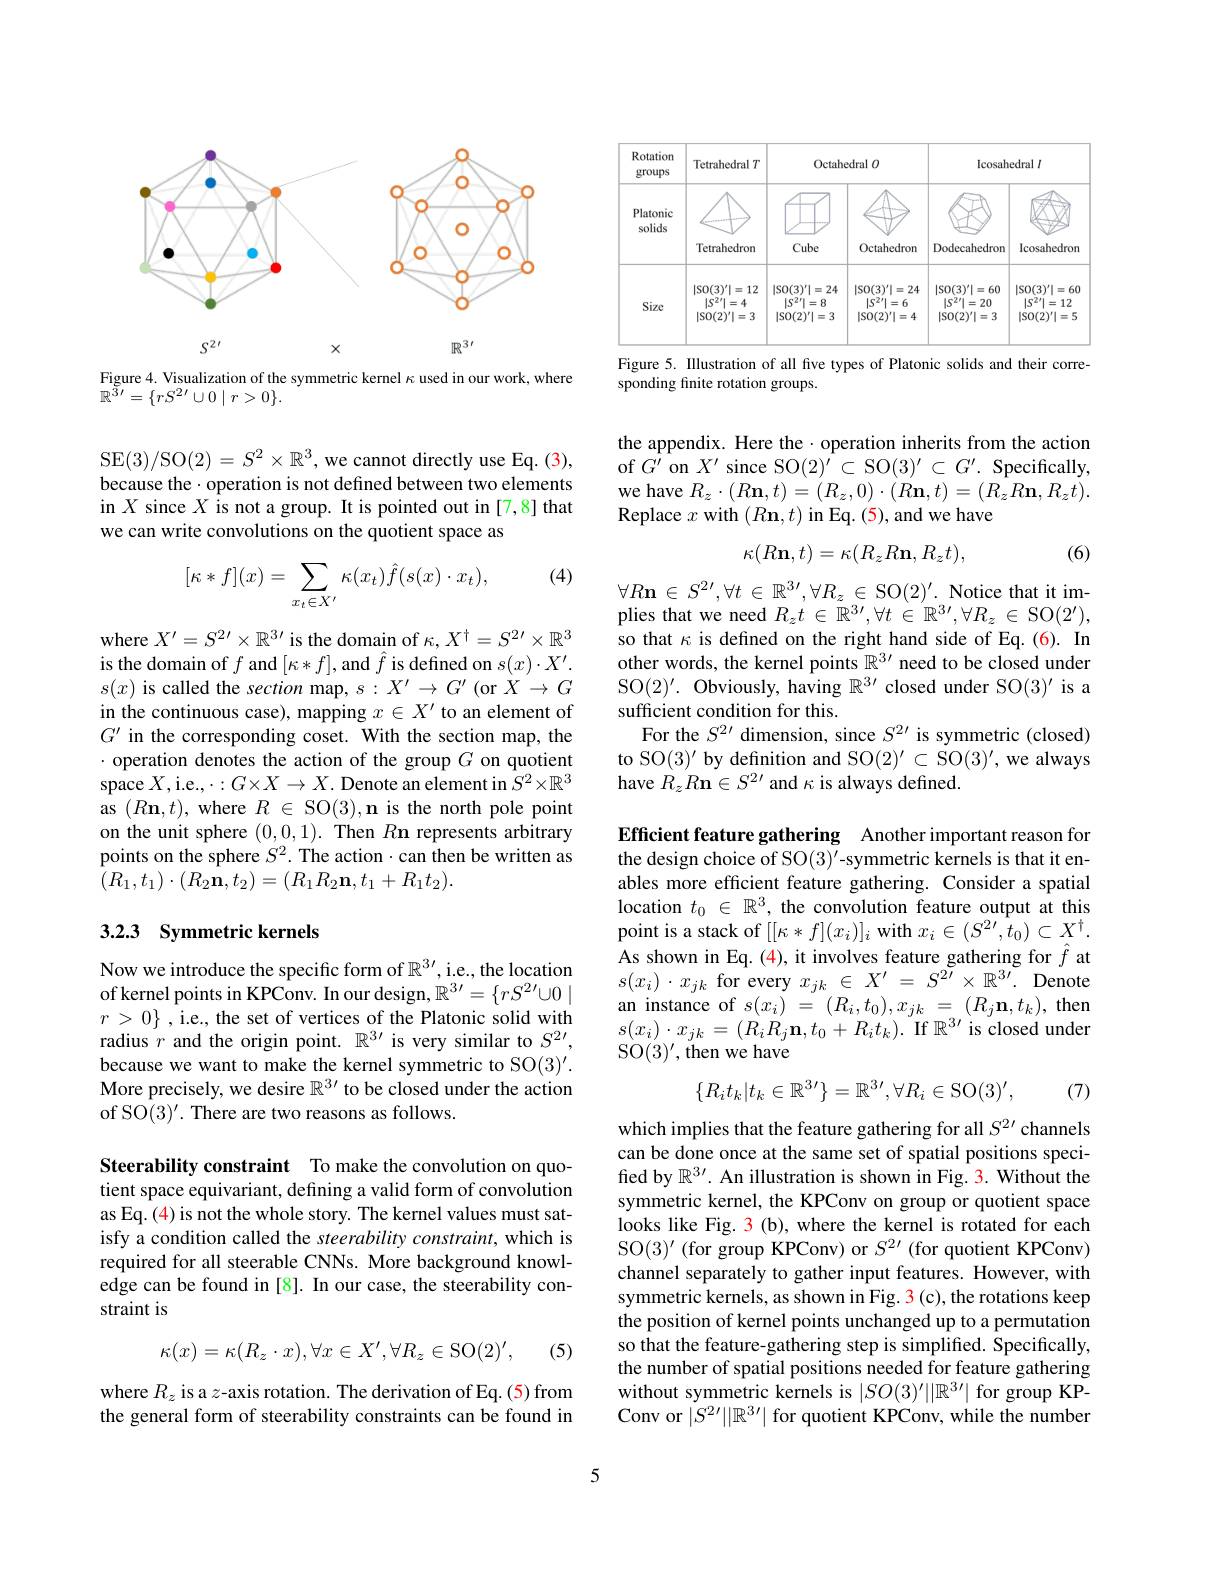
<FigureHere>

Figure 4. Visualization of the symmetric kernel $\kappa$ used in our work, where
$\mathbb{R}^{3\prime}=\{rS^{2\prime}\cup0\mid r>0\}.$

SE(3)/SO$(2)=S^2\times\mathbb{R}^3$,we cannot directly use Eq. (3), because the$\cdot$operation is not defined between two elements in $X$ since $X$ is not a group. It is pointed out in [7,8] that we can write convolutions on the quotient space as

(4)
$$[\kappa*f](x)=\sum_{x_t\in X'}\kappa(x_t)\hat{f}(s(x)\cdot x_t),$$
where $X^\prime=S^{2\prime}\times\mathbb{R}^{3\prime}$ is the domain of $\kappa,X^\dagger=S^{2\prime}\times\mathbb{R}^3$ is the domain of $f$ and $[\kappa*f]$,and $\hat{f}$ is defined on $s(x)\cdot X^\prime.$ $s(x)$ is called the section map, $s:X^\prime\to G^{\prime}$ (or $X\to G$ in the continuous case), mapping $x\in X^\prime$ to an element of $G^{\prime}$ in the corresponding coset. With the section map, the $\cdot$ operation denotes the action of the group $G$ on quotient space $X$,i.e.,$\cdot:G\times X\to X.$ Denote an element in $S^2\times\mathbb{R}^3$ as $(R\mathbf{n},t)$,where $R\in$ SO$( 3) , \textbf{n is the north pole point}$ on the unit sphere (0,0,1). Then $R\textbf{n represents arbitrary}$ points on the sphere $S^2.$ The action·can then be written as $\tilde{(}R_{1},t_{1})\cdot(R_{2}\tilde{\mathbf{n}},t_{2})=(R_{1}R_{2}\mathbf{n},t_{1}+R_{1}t_{2}).$

### 3.2.3 Symmetric kernels

Now we introduce the specific form of $\mathbb{R}^3\prime$,i.e., the location of kernel points in KPConv. In our design, $\mathbb{R}^3\prime=\{rS^{2\prime}\cup0\mid$ $r>0\}$ ,i.e., the set of vertices of the Platonic solid with radius $r$ and the origin point. $\mathbb{R}^3\prime$ is very similar to $S^2\prime$, because we want to make the kernel symmetric to SO(3)'. More precisely, we desire $\mathbb{R}^3\prime$ to be closed under the action of SO$(3)^\prime.$ There are two reasons as follows.

Steerability constraint To make the convolution on quotient space equivariant, defining a valid form of convolution as Eq. (4) is not the whole story. The kernel values must satisfy a condition called the steerability constraint, which is required for all steerable CNNs. More background knowledge can be found in [8]. In our case, the steerability constraint is
$$\kappa(x)=\kappa(R_z\cdot x),\forall x\in X',\forall R_z\in\mathrm{SO}(2)',$$
(5)

where $R_z$ is a $z$-axis rotation. The derivation of Eq.(5) from the general form of steerability constraints can be found in

<FigureHere>
Figure 5. IIlustration of all five types of Platonic solids and their corre-

sponding finite rotation groups.

the appendix. Here the·operation inherits from the action of $\hat{G^{\prime}}$ on $X^\prime$ since SO$(2)^\prime\subset$ SO$(3)^\prime\subset G^\prime.$ Specifically, we have $R_z\cdot(R\mathbf{n},t)=(R_z,0)\cdot(R\mathbf{n},t)=(R_zR\mathbf{n},R_zt).$ Replace $x$ with $(R\mathbf{n},t)$ in Eq. (5), and we have
$$\kappa(R\mathbf{n},t)=\kappa(R_zR\mathbf{n},R_zt),$$
(6)

Notice that it im-
$$\forall R\mathbf{n}\:\in\:S^{2\:\prime},\forall t\:\in\:\mathbb{R}^{3\:\prime},\forall R_{z}\:\in\:\mathrm{SO}(2)^{\prime}.$$
plies that we need $R_zt\in\mathbb{R}^{3\prime},\forall t\in\mathbb{R}^{3\prime},\forall R_z\in$ SO$(2^\prime)$, so that $\kappa$ is defined on the right hand side of Eq.(6). In other words, the kernel points $\mathbb{R}^3\prime$ need to be closed under SO$(2)^\prime.$ Obviously, having $\mathbb{R}^3\prime$ closed under SO$(3)^\prime$ is a sufficient condition for this.
For the $S^2\prime$ dimension, since $S^{2\prime}$ is symmetric (closed) to SO$(3)^\prime$ by definition and SO$(2)^\prime\subset$ SO$(3)^\prime$, we always have $R_zR\mathbf{n}\in S^{2\prime}$ and $\kappa$ is always defined

Efficient feature gathering Another important reason for the design choice of SO(3)'-symmetric kernels is that it enables more efficient feature gathering. Consider a spatial location $t_0\in\mathbb{R}^3$, the convolution feature output at this point is a stack of $[[\kappa*f](x_{i})]_{i}$ with $x_i\in(S^{2\prime},\hat{t}_{0})\subset X^{\dagger}.$ As shown in Eq. (4), it involves feature gathering for $\hat{f}$ at $s(x_{i})\cdot x_{jk}$ for every $x_jk\in X^{\prime}=S^{2\tilde{\prime}}\times\mathbb{R}^{3\dot{\prime}}.$ Denote an instance of $s(x_{i})~=~(R_{i},t_{0}),x_{jk}~=~(R_{j}\mathbf{n},t_{k})$, then $s(x_{i})\cdot x_{jk}=(R_{i}R_{j}\mathbf{n},t_{0}+R_{i}t_{k}).$If $\mathbb{R}^3\prime$ is closed under SO$(3)^\prime$,then we have
$$\{R_{i}t_{k}|t_{k}\in\mathbb{R}^{3}'\}=\mathbb{R}^{3}',\forall R_{i}\in\mathrm{SO}(3)',$$
(7)

which implies that the feature gathering for all $S^{2\prime}$ channels can be done once at the same set of spatial positions specified by $\mathbb{R}^3\prime.$ An illustration is shown in Fig. 3. Without the symmetric kernel, the KPConv on group or quotient space looks like Fig. 3 (b), where the kernel is rotated for each SO$(3)^\prime$ (for group KPConv) or $S^2\prime$ (for quotient KPConv) channel separately to gather input features. However, with symmetric kernels, as shown in Fig. 3(c), the rotations keep the position of kernel points unchanged up to a permutation so that the feature-gathering step is simplified. Specifically, the number of spatial positions needed for feature gathering without symmetric kernels is $|SO(3)^{\prime}||\mathbb{R}^{3\prime}|$ for group KPConv or $|S^{2\prime}||\mathbb{R}^{3\prime}|$ for quotient KPConv, while the number

5